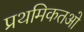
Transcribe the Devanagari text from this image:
प्रथमिकतओ